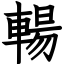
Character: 輰